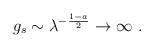
LaTeX: \begin{align*}g_s \sim \lambda^{-{1-a\over 2}} \to \infty\ .\end{align*}